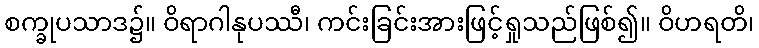
စက္ခုပသာဒ၌။ ဝိရာဂါနုပဿီ၊ ကင်းခြင်းအားဖြင့်ရှုသည်ဖြစ်၍။ ဝိဟရတိ၊